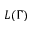
L ( \Gamma )